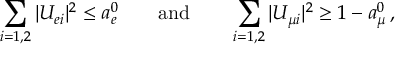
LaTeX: \sum _ { i = 1 , 2 } | U _ { e i } | ^ { 2 } \leq a _ { e } ^ { 0 } \qquad \mathrm { a n d } \qquad \sum _ { i = 1 , 2 } | U _ { { \mu } i } | ^ { 2 } \geq 1 - a _ { \mu } ^ { 0 } \, ,